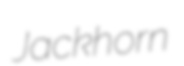
Jackhorn